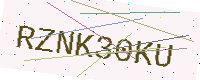
Text: RZNK30KU